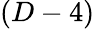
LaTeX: (D-4)